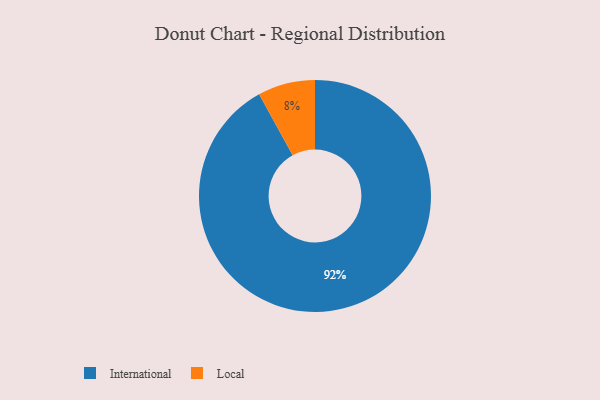
{"axis": {"x": "Category", "y": "Percentage"}, "legend": ["International", "Local"], "data": [{"x": "International", "y": 92, "type": "International"}, {"x": "Local", "y": 8, "type": "Local"}]}